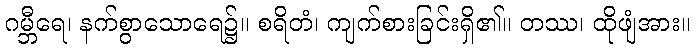
ဂမ္ဘီရေ၊ နက်စွာသောရေ၌။ စရိတံ၊ ကျက်စားခြင်းရှိ၏။ တဿ၊ ထိုဖျံအား။